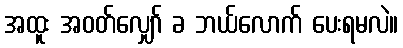
အထူး အဝတ်လျှော် ခ ဘယ်လောက် ပေးရမလဲ။